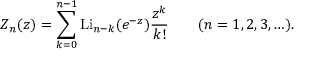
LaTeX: Z _ { n } ( z ) = \sum _ { k = 0 } ^ { n - 1 } \operatorname { L i } _ { n - k } ( e ^ { - z } ) { \frac { z ^ { k } } { k ! } } \qquad ( n = 1 , 2 , 3 , \ldots ) .